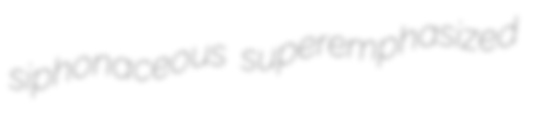
siphonaceous superemphasized